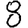
Digit: 8